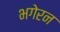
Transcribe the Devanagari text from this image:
भगेरन